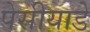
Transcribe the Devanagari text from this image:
पेसीयाडे